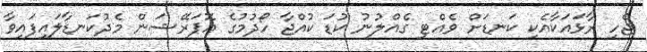
ޖެހި ރާޅައަކާއެކި ކަނޑަށް ވެއްޓި ގެއްލުނު ކުޑަ ކުއްޖާ ހޯދުމުގެ އޮޕަރޭޝަން މެދުކަަނޑާލައިފައިވާ